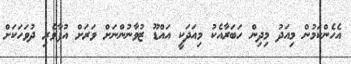
އެހެންކަމުން މިއަދު މިދިން ހަބަރާއެކު މިއަދަކީ އައްޑޫ ޒުވާނުންނަށް ވަރަށް އުފާވެރި ދުވަހަކަށް